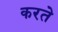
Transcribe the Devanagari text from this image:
करतेे